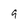
Character: 9